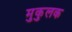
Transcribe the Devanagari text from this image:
मुकुलक